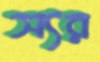
স্যর